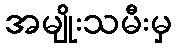
အမျိုးသမီးမှ